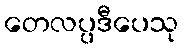
တေလပ္ပဒီပေသု